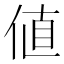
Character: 値